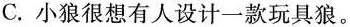
C.小狼很想有人设计一款玩具狼。